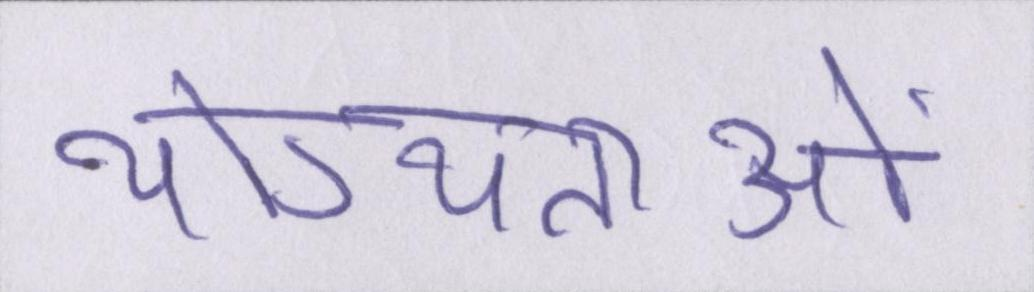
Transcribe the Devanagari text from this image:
योग्यताओं